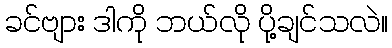
ခင်ဗျား ဒါကို ဘယ်လို ပို့ချင်သလဲ။